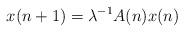
LaTeX: \begin{align*}x(n+1)=\lambda^{-1}A(n)x(n)\end{align*}